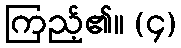
ကြည့်၏။ (၄)